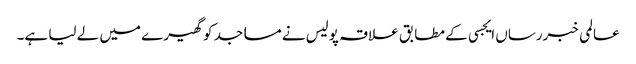
عالمی خبررساں ایجسی کے مطابق علاقہ پولیس نے مساجد کو گھیرے میں لے لیا ہے۔